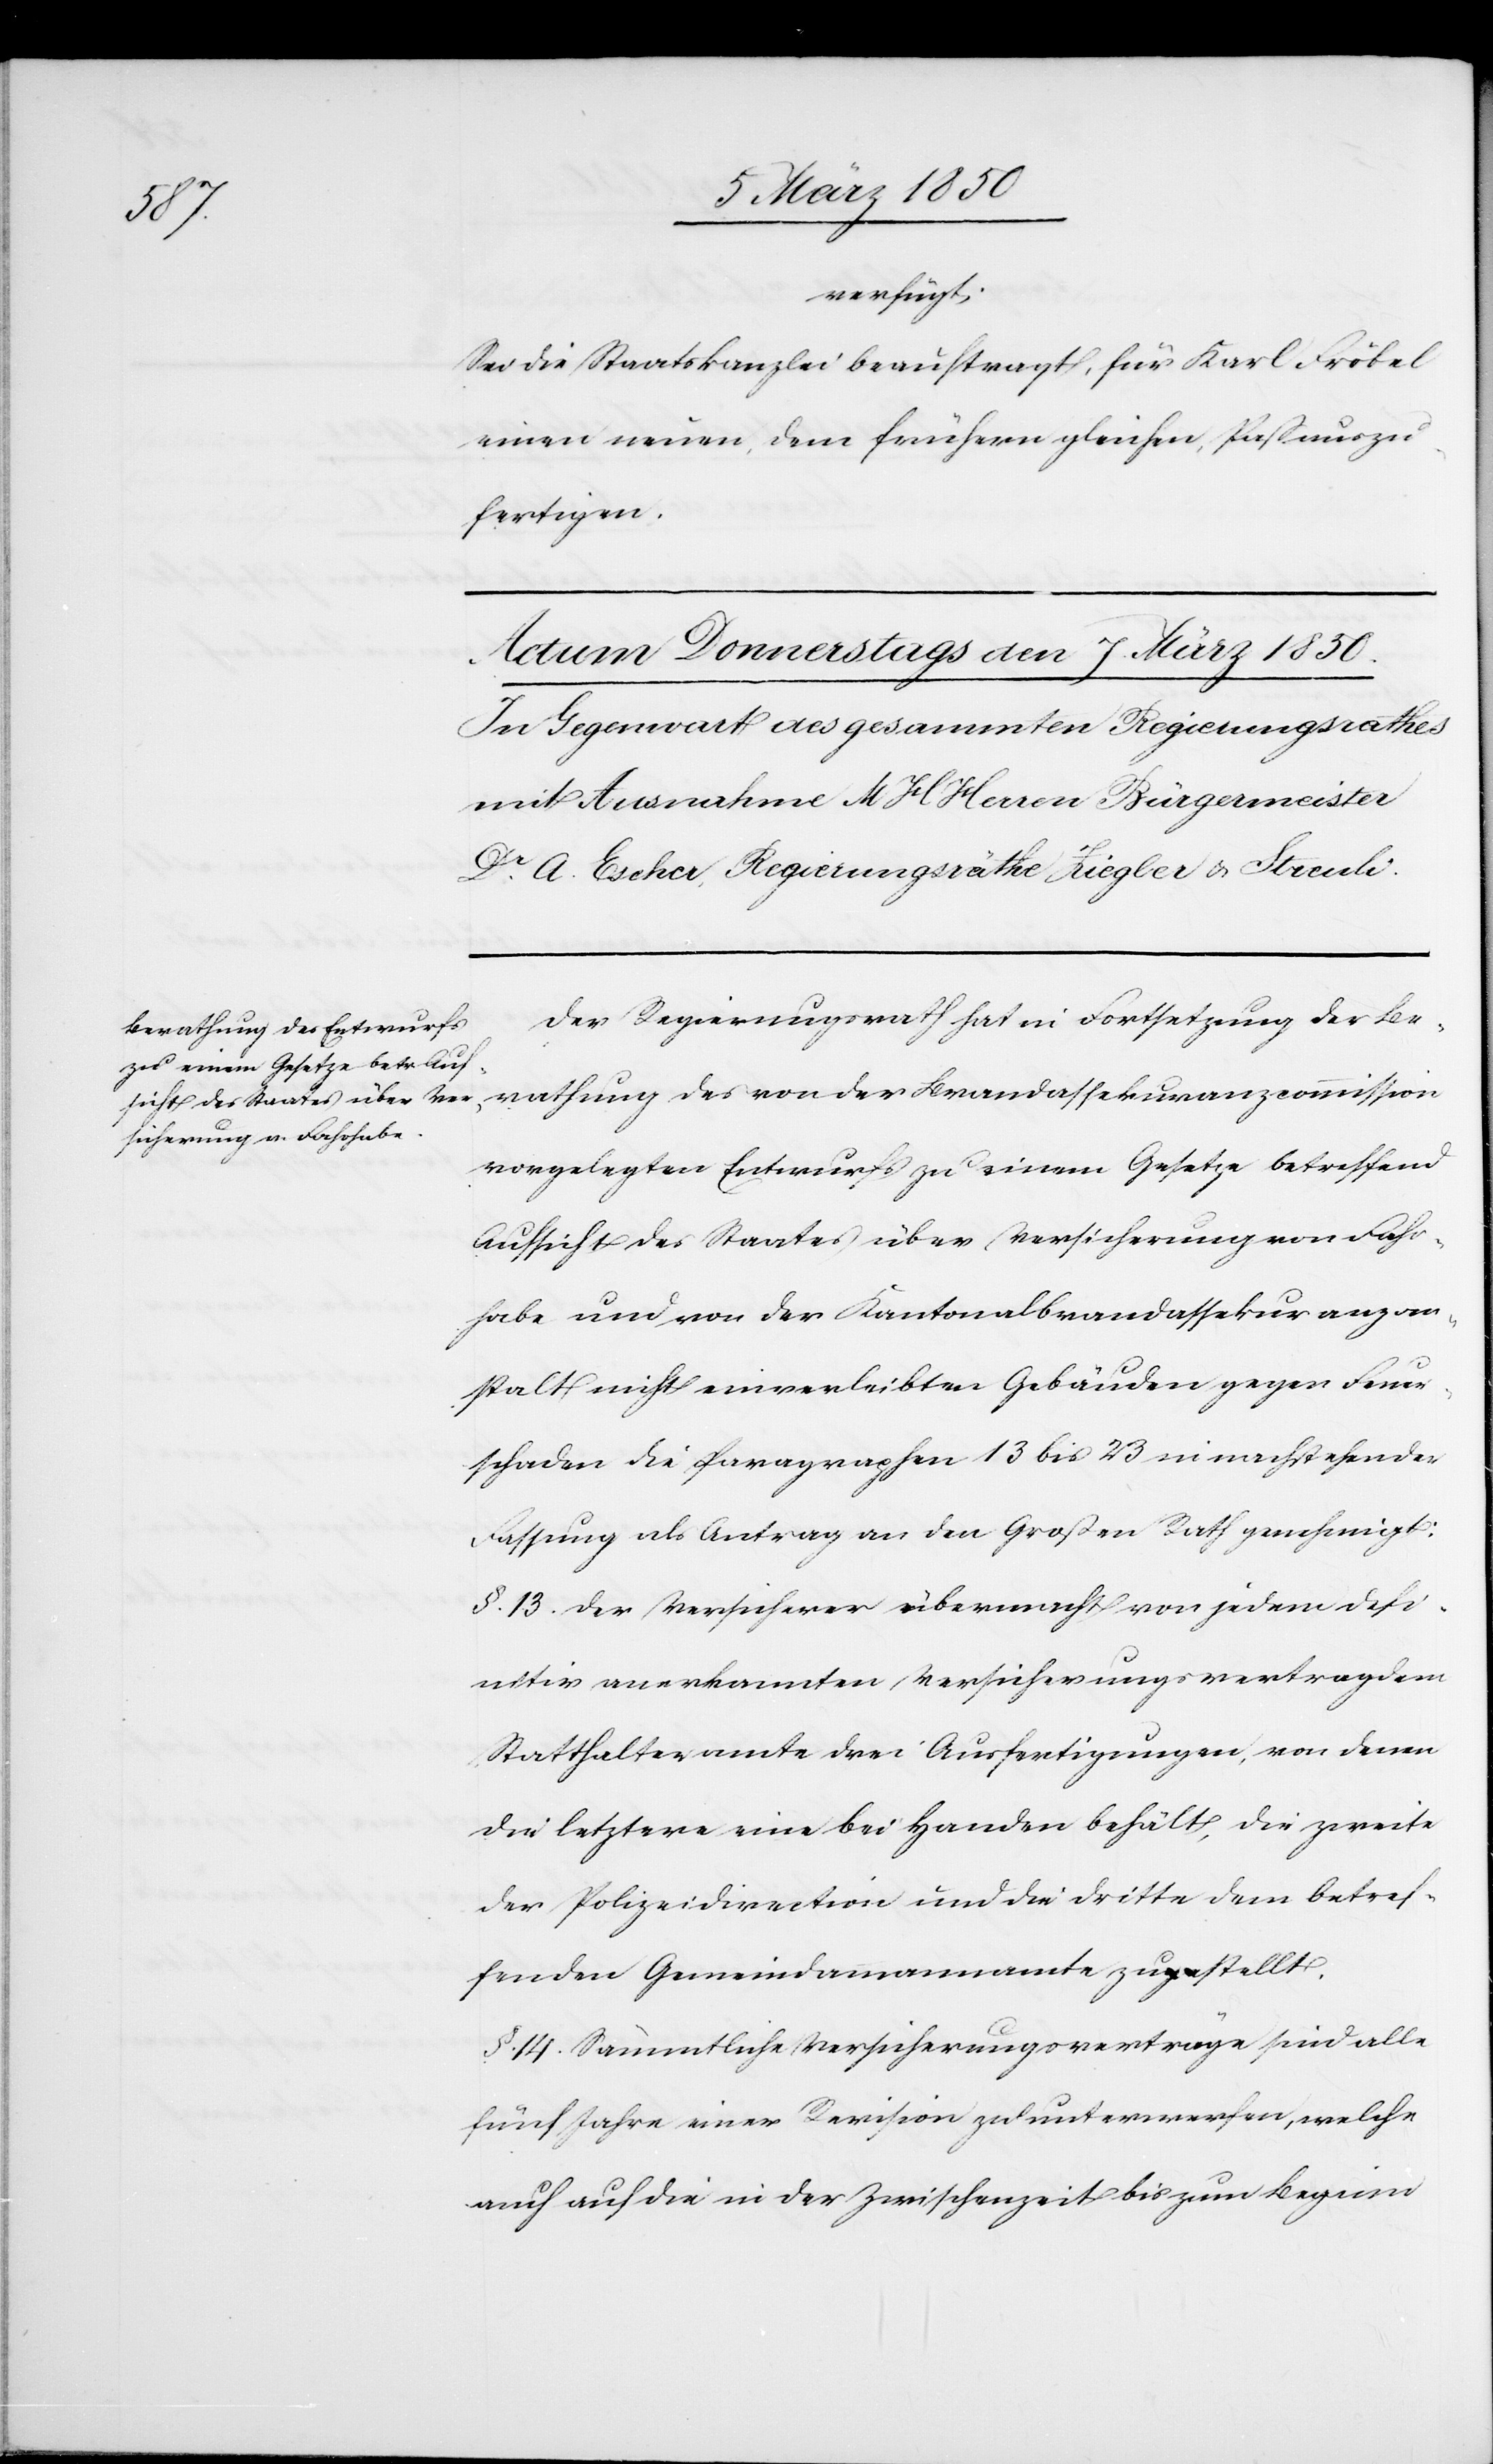
verfügt;
Sei die Staatskanzlei beauftragt, für Karl Fröbel
einen neuen, dem frühern gleichen, Paß auszu¬
fertigen.
Der Regierungsrath hat in Fortsetzung der Be¬
rathung des von der Brandassekuranzcommission
vorgelegten Entwurfs zu einem Gesetze betreffend
Aufsicht des Staates über Versicherung von Fahr¬
habe und von der Kantonalbrandassekuranzan¬
stalt nicht einverleibten Gebäuden gegen Feuer¬
schaden die Paragraphen 13 bis 23 in nachstehender
Fassung als Antrag an den Großen Rath genehmigt:
§. 13. Der Versicherer übermacht von jedem defi¬
nitiv anerkannten Versicherungsvertrag dem
Statthalteramte drei Ausfertigungen, von denen
der letztere eine bei Handen behält, die zweite
der Polizeidirection und die dritte dem betref¬
fenden Gemeindammannamte zustellt.
§. 14. Sämmtliche Versicherungsverträge sind alle
fünf Jahre einer Revision zu unterwerfen, welche
auch auf die in der Zwischenzeit bis zum Beginn